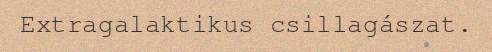
Extragalaktikus csillagászat.